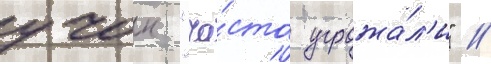
учок "ча́сто угрожа́л'и" //